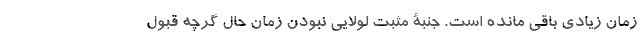
زمان زیادی باقی مانده است. جنبۀ مثبت لولایی‌ نبودن زمان حال گرچه قبول